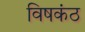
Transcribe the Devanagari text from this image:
विषकंठ